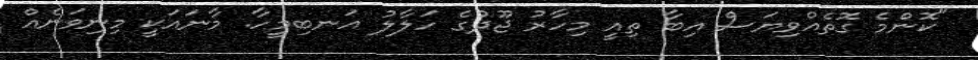
"ކޮންމެ ގޮތެއްވިޔަސް އިބާ ތިއީ މިހާރު ޖޫދުގެ ހަލާލު އަނބިމީހާ. މާނައަކީ މިނިވަނެއް